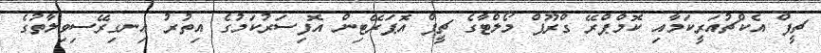
ޗީފް އެކްޗުއަރީކަމާއި ކޮމްޕްރޭ ގްރޫޕް މޯލްޓާގެ ޗީފް އޮޕަރޭޓިން އޮފިސަރުކަމުގެ އިތުރު އިނގިރޭސިވިލާތުގެ